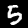
Label: 5